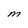
Character: M